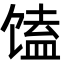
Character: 馌